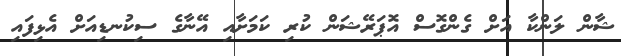
ޝާން ލަންކާ އަށް ގެންގޮސް އޮޕަރޭޝަން ކުރި ކަމަށާއި އޭނާގެ ސިކުނޑިއަށް އެޅިފައި